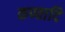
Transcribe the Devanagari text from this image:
कण्ठादि